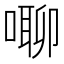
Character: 㗦